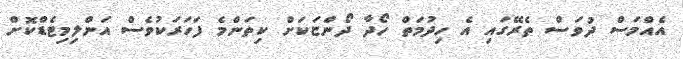
އެއްމަސް ދުވަސް ތެރޭގައި އެ ހިދުމަތް ހޯދާ ދޯންޏަކަށް ކިތަންމެ ފަހަރަކުވެސް އަންލިމިޓެޑްކޮށް